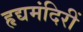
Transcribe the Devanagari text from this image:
हृद्यमंदिरीं